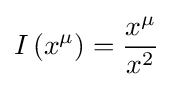
I\left(x^{\mu }\right)={\frac {x^{\mu }}{x^{2}}}